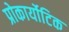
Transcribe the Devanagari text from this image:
प्रोकार्योटिक